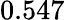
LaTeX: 0.547